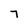
Character: 7